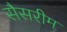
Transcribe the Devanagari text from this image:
सैसरीम